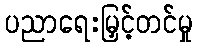
ပညာရေးမြှင့်တင်မှု